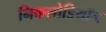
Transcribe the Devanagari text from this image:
निकलोडियॉन